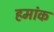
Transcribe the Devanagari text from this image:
हमांक